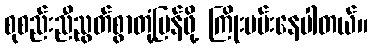
စုစည်းညီညွတ်စွာတုံ့ပြန်ဖို့ ကြိုးပမ်းနေပါတယ်။